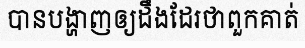
បានបង្ហាញឲ្យដឹងដែរថាពួកគាត់